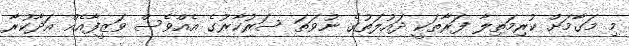
މި މަގާމަށް ކުރިމަތިލާ ފަރާތަކީ ދައުލަތުގެ ނުވަތަ ސަރުކާރުގެ އެއްވެސް ވަޒީފާއެއް އަދާކުރާ